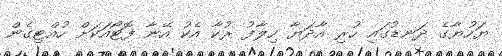
ޔަހުޔާގެ ދަނޑުގައި ހުރި އާދަޔާ ހިލާފު ރުކާ އެކު އޭނާ ފޮޓޯއަކަށް ހުއްޓިގެން